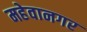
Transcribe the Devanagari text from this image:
महेवानगर